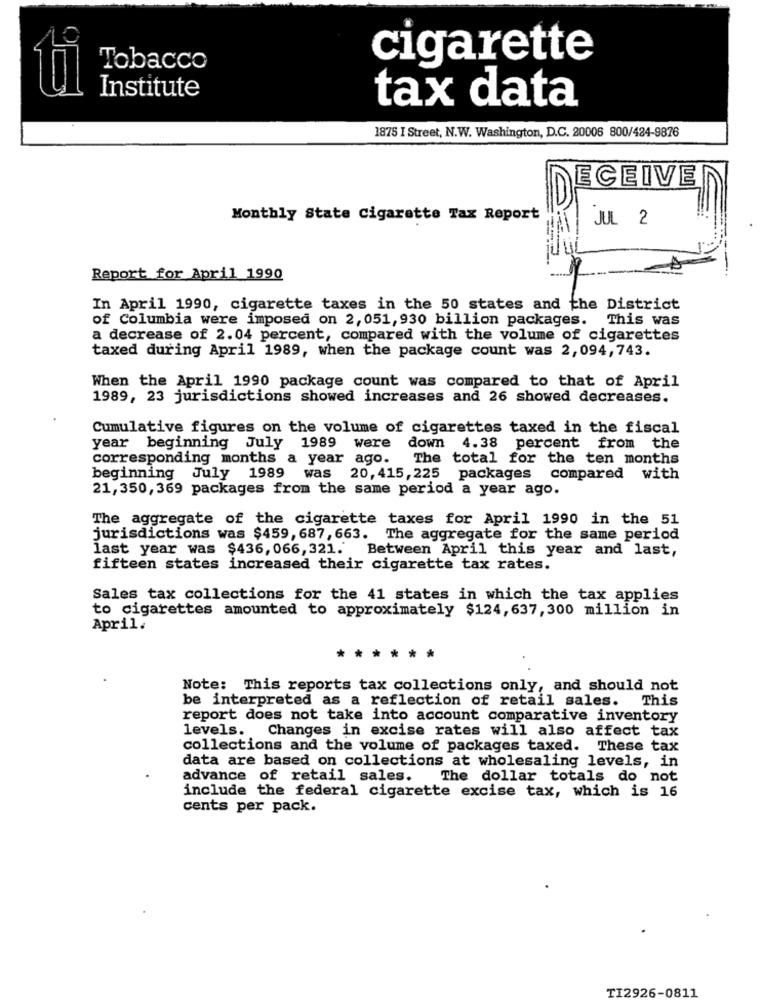
cigarette
Tobacco
Institute
tax data
1875 I Street, N.W. Washington, D.C. 20006 800/484-9876
ECEIVE
Monthly State Cigarette Tax Report
JUL 2
Report for April 1990
In April 1990, cigarette taxes in the 50 states and the District
of Columbia were imposed on 2, 051, 930 billion packages.
This was
a decrease of 2.04 percent, compared with the volume of cigarettes
taxed during April 1989, when the package count was 2, 094,743.
When the April 1990 package count was compared to that of April
1989, 23 jurisdictions showed increases and 26 showed decreases.
Cumulative figures on the volume of cigarettes taxed in the fiscal
year beginning July 1989 were
down 4.38 percent from the
corresponding months a year ago. The total for the ten months
was
beginning July 1989
20,415, 225 packages
compared with
21,350, 369 packages from the same period a year ago.
The aggregate of the cigarette taxes for April 1990 in the 51
jurisdictions was $459, 687, 663. The aggregate for the same period
last year was $436, 066, 321. Between April this year and last,
fifteen states increased their cigarette tax rates.
Sales tax collections for the 41 states in which the tax applies
to cigarettes amounted to approximately $124, 637, 300 million in
April.
*****
Note: This reports tax collections only, and should not
be interpreted as a reflection of retail sales. This
report does not take into account comparative inventory
levels. Changes in excise rates will also affect tax
collections and the volume of packages taxed. These tax
data are based on collections at wholesaling levels, in
advance of retail sales. The dollar totals do not
include the federal cigarette excise tax, which is 16
cents per pack.
TI2926-0811